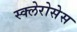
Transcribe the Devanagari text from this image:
स्क्लेरोसेस